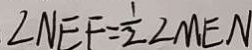
\angle N E F = \frac { 1 } { 2 } \angle M E N